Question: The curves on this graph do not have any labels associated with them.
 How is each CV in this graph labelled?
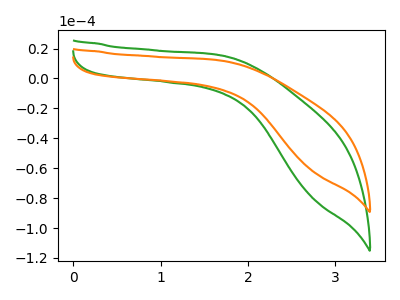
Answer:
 <answer>The green curve does not have a label. The orange curve does not have a label.</answer>
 <eval></eval>